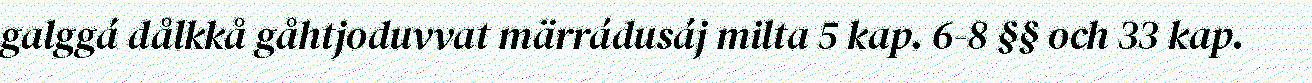
galggá dålkkå gåhtjoduvvat märrádusáj milta 5 kap. 6-8 §§ och 33 kap.